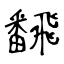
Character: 飜